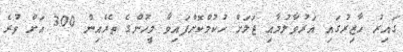
ގައިރު ހާޒިރުގައި އަރުވާލުމާއި ޖަލަށް ހުކުމްކޮށްފައިވާ މީހުންގެ ތެރެއިން 300 އަށް ވުރެ